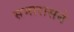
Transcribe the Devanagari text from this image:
समारासने